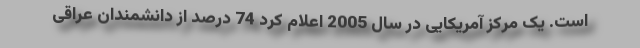
است. یک مرکز آمریکایی در سال 2005 اعلام کرد 74 درصد از دانشمندان عراقی